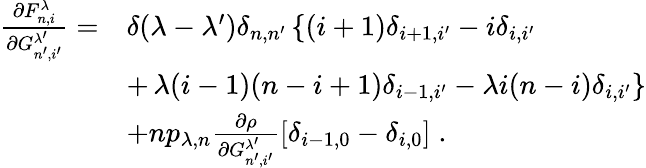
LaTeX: \begin{array}{rl}{\frac{\partial F_{n,i}^{\lambda}}{\partial G_{n^{\prime},i^{\prime}}^{\lambda^{\prime}}}=}&{\delta(\lambda-\lambda^{\prime})\delta_{n,n^{\prime}}\left\lbrace(i+1)\delta_{i+1,i^{\prime}}-i\delta_{i,i^{\prime}}\right.}\\ &{+\left.\lambda(i-1)(n-i+1)\delta_{i-1,i^{\prime}}-\lambda i(n-i)\delta_{i,i^{\prime}}\right\rbrace}\\ &{+np_{\lambda,n}\frac{\partial\rho}{\partial G_{n^{\prime},i^{\prime}}^{\lambda^{\prime}}}\left[\delta_{i-1,0}-\delta_{i,0}\right]\; .}\end{array}